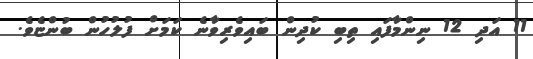
11 އަދި 12 ނިންމާފައި ތިބި ކުދިން ބައިވެރިވާނެ ކަމަށް ފުލުހުން ބުންޏެވެ.